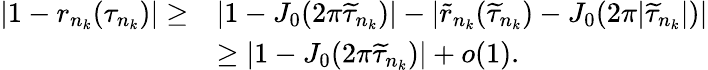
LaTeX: \begin{array}{rl}{|1-r_{n_{k}}(\tau_{n_{k}})|\geq}&{|1-J_{0}(2\pi\widetilde{\tau}_{n_{k}})|-|\widetilde{r}_{n_{k}}(\widetilde{\tau}_{n_{k}})-J_{0}(2\pi|\widetilde{\tau}_{n_{k}}|)|}\\ &{\geq|1-J_{0}(2\pi\widetilde{\tau}_{n_{k}})|+o(1).}\end{array}